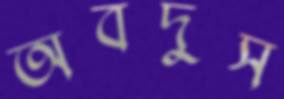
অবদুস